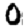
Digit: 0